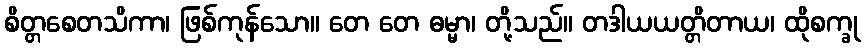
စိတ္တစေတသိကာ၊ ဖြစ်ကုန်သော။ တေ တေ ဓမ္မာ၊ တို့သည်။ တဒါယယတ္တိတာယ၊ ထိုစက္ခု